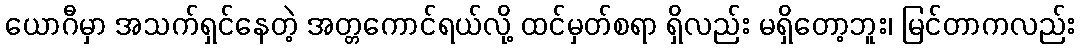
ယောဂီမှာ အသက်ရှင်နေတဲ့ အတ္တကောင်ရယ်လို့ ထင်မှတ်စရာ ရှိလည်း မရှိတော့ဘူး၊ မြင်တာကလည်း